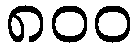
၈၀၀